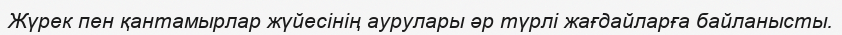
Жүрек пен қантамырлар жүйесінің аурулары әр түрлі жағдайларға байланысты.